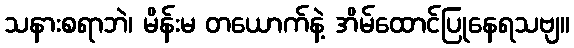
သနားစရာဘဲ၊ မိန်းမ တယောက်နဲ့ အိမ်ထောင်ပြုနေရသဗျ။